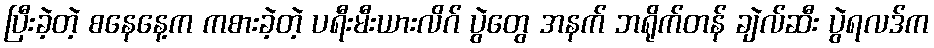
ပြီးခဲ့တဲ့ စနေနေ့က ကစားခဲ့တဲ့ ပရီးမီးယားလိဂ် ပွဲတွေ အနက် ဘရိုက်တန် ချဲလ်ဆီး ပွဲရလဒ်က